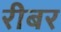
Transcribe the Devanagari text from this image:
रीबर